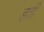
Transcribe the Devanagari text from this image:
ड़ती